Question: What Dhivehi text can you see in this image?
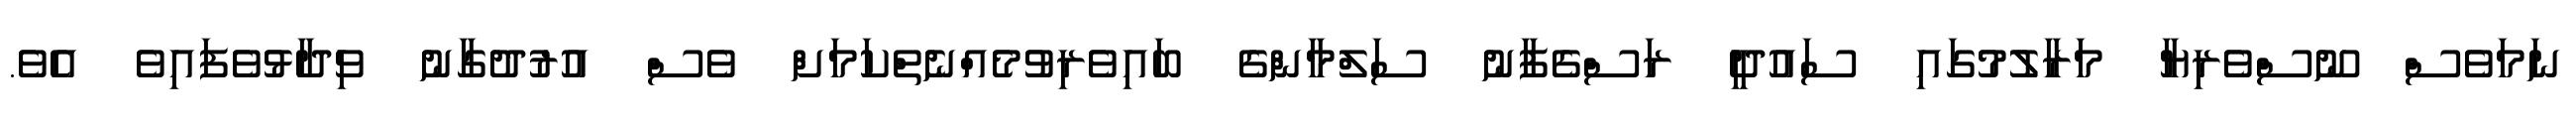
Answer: ނަމަވެސް ނޫސްވެރިޔާ މަރާލުމުގައި ސައުދީ ރަސްގެފާނު ސަލްމާންގެ ބައިވެރިވުމެއްނެތްކަމަށް ވެސް އުރުދުގާނު ވިދާޅުވެފައިވެ އެވެ.